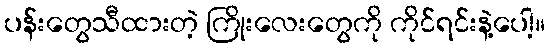
ပန်းတွေသီထားတဲ့ ကြိုးလေးတွေကို ကိုင်ရင်းနဲ့ပေါ့။